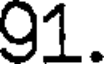
91.